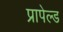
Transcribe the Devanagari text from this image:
प्रापेल्ड